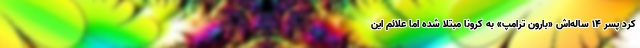
کرد پسر 14 ساله‌اش «بارون ترامپ» به کرونا مبتلا شده اما علائم این